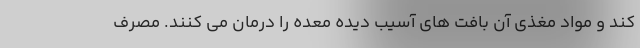
کند و مواد مغذی آن بافت های آسیب دیده معده را درمان می کنند. مصرف